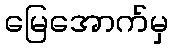
မြေအောက်မှ